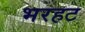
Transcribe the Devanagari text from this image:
भरहट